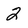
Character: 2